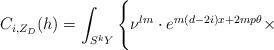
LaTeX: \begin{align*}C_{i,Z_{D}}(h)=\int_{S^{k}Y} \Bigg\{\nu^{lm} \cdot e^{m(d-2i)x+2mp\theta} \times\end{align*}